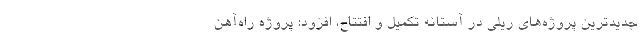
جدیدترین پروژه‌های ریلی در آستانه تکمیل و افتتاح، افزود: پروژه راه‌آهن